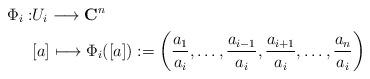
LaTeX: \begin{align*}\Phi_i:&U_i\longrightarrow \mathbf{C}^n\\&[a]\longmapsto \Phi_i([a]):=\left(\frac{a_1}{a_i},\dots,\frac{a_{i-1}}{a_{i}},\frac{a_{i+1}}{a_{i}},\dots,\frac{a_n}{a_i}\right)\end{align*}